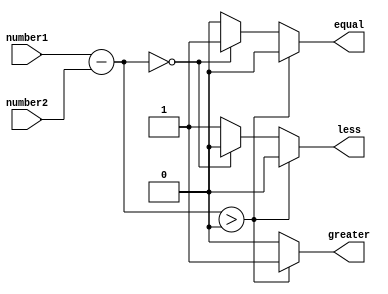
module unsigned_comparator(
    input [7:0] number1,
    input [7:0] number2,
    output reg greater,
    output reg equal,
    output reg less
);

reg [8:0] diff;

always @(*) begin
    diff = number1 - number2;
    
    if(diff > 0) begin
        greater = 1;
        equal = 0;
        less = 0;
    end else if(diff == 0) begin
        greater = 0;
        equal = 1;
        less = 0;
    end else begin
        greater = 0;
        equal = 0;
        less = 1;
    end
end

endmodule